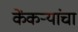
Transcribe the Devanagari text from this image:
केंकर्‍यांचा